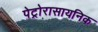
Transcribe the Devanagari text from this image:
पेट्रोरासायनिक